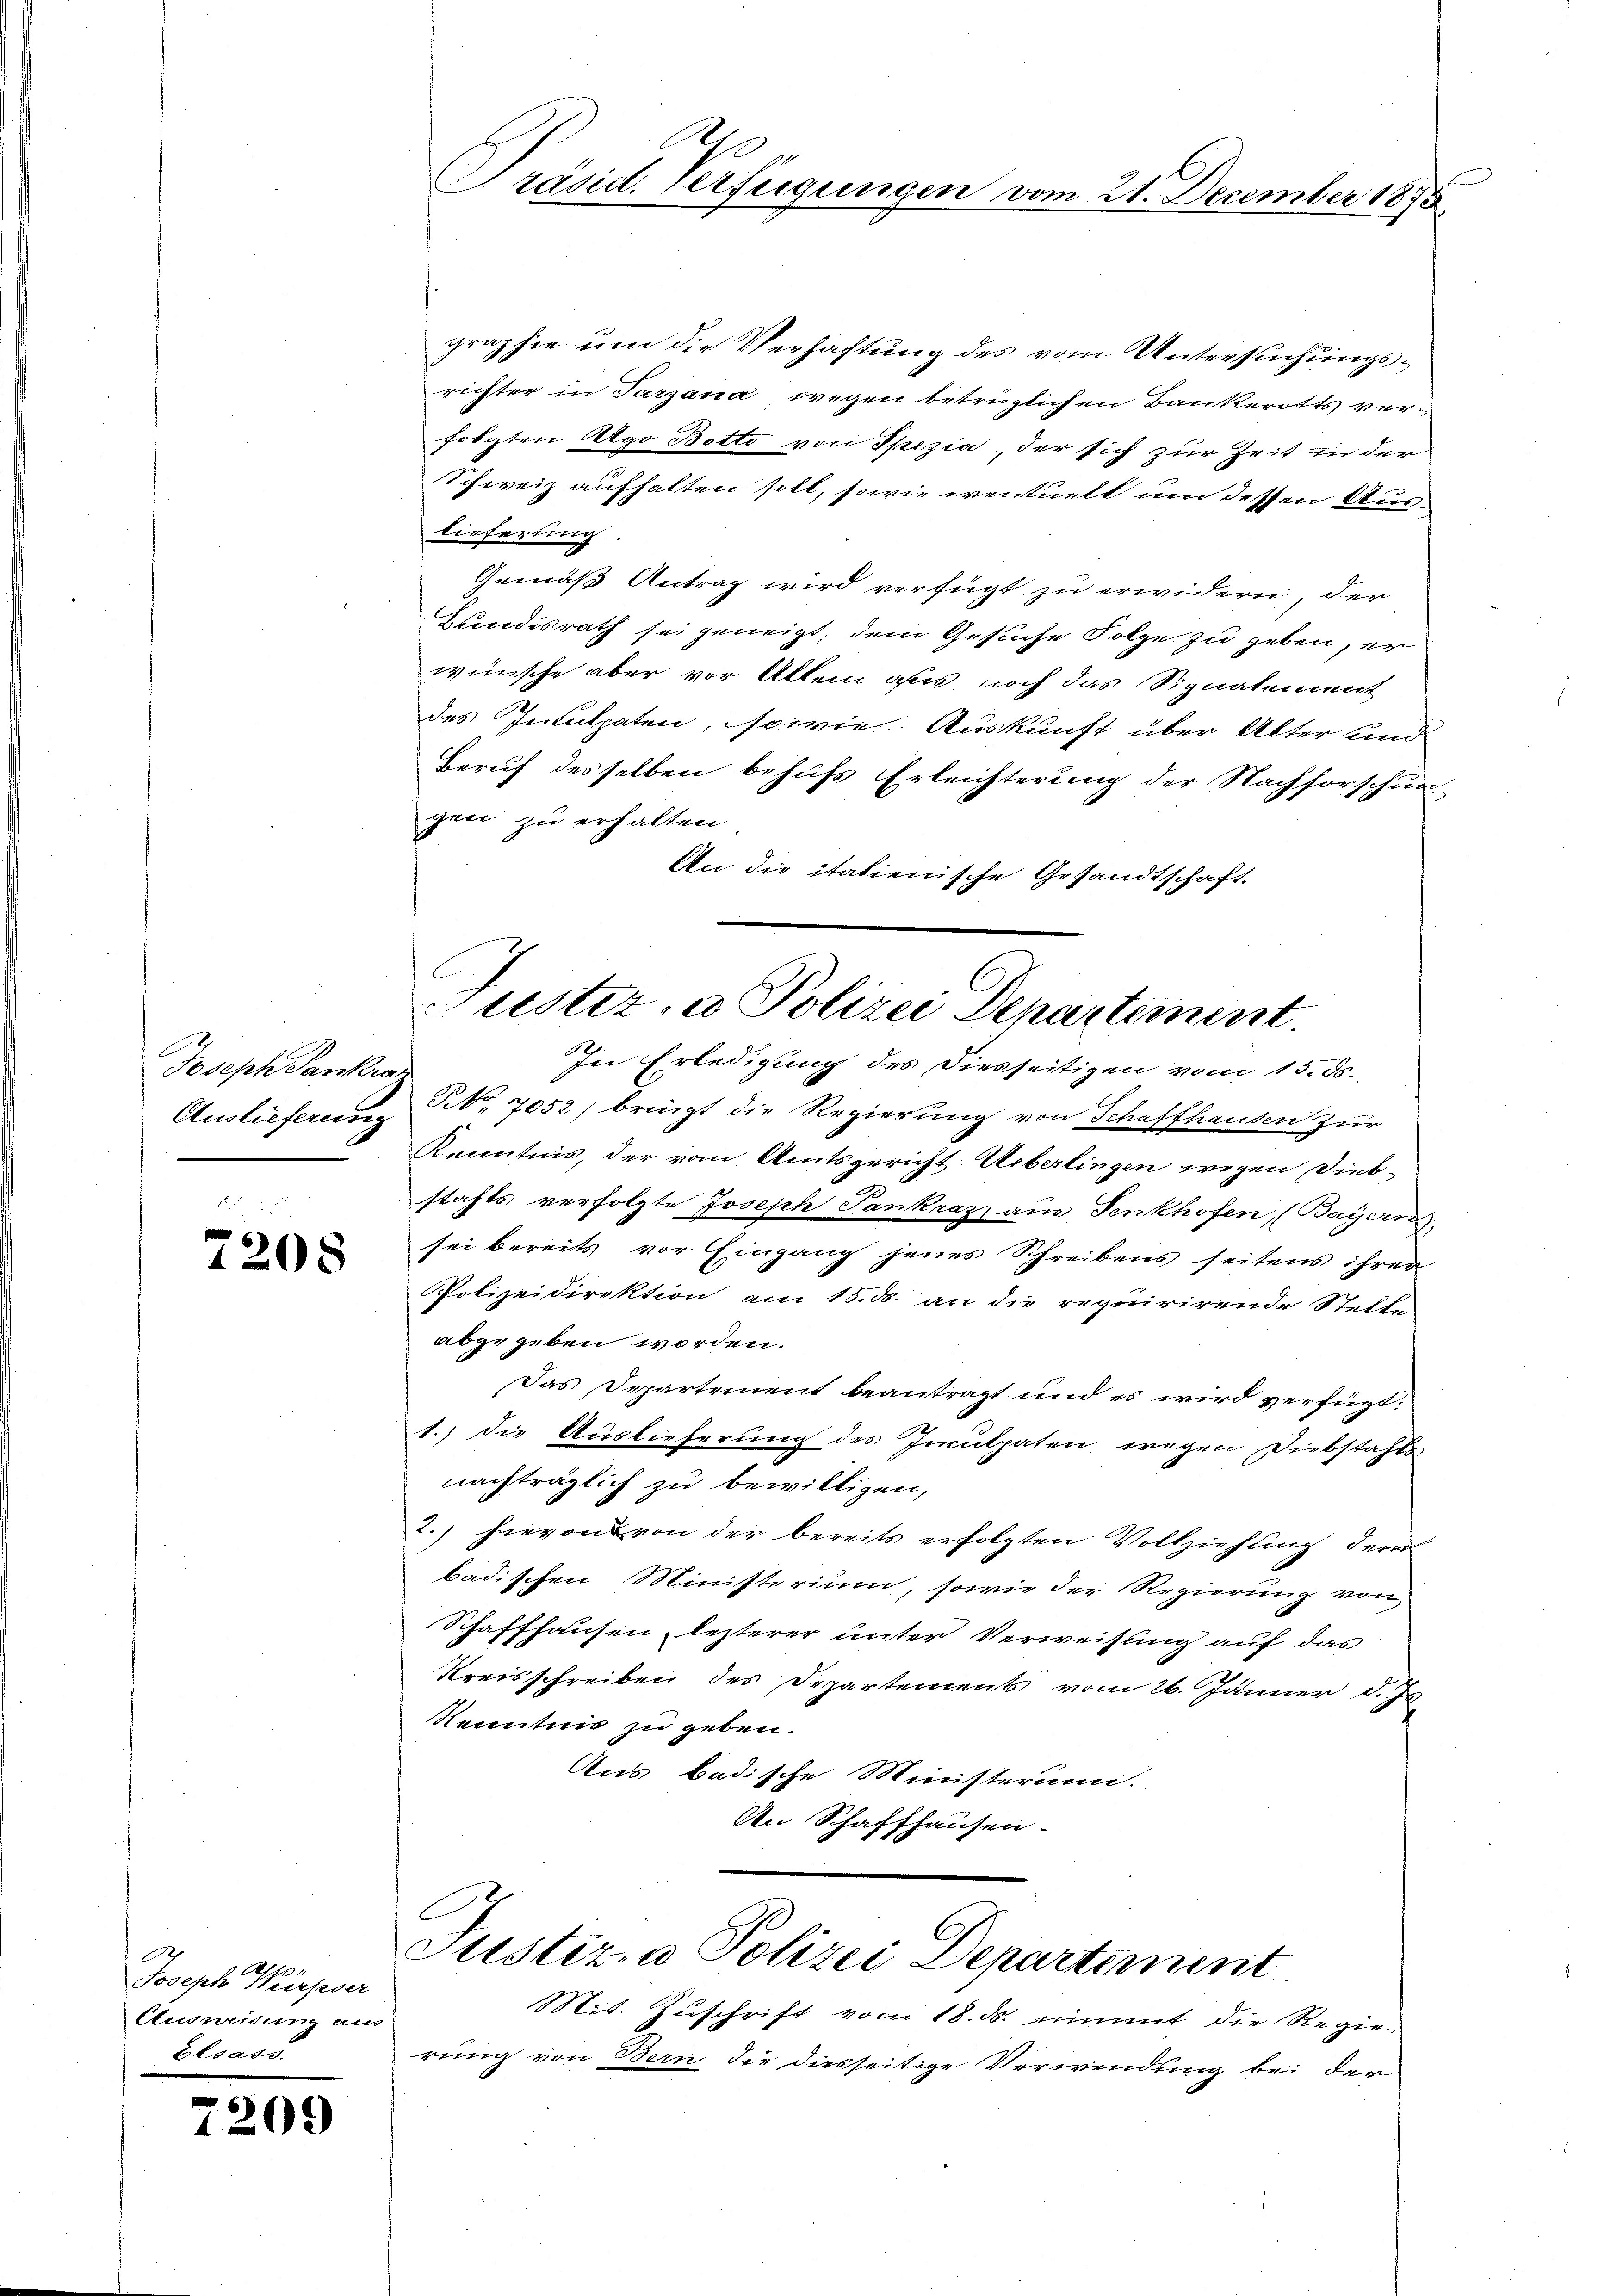
Joseph Pankra
Auslieferung

7208

A
Joseph Würpser
Ausweisung aus
Elsass.

7209

graphie um die Verhaftung des vom Untersuchungsrichter in Tarzana, wegen betrüglichen Bankerotts verfolgten Ago Betto von Spezia, der sich zur Zeit in der
Schweiz aufhalten soll, sowie eventuell um dessen Aus-
lieferung
Gemäß Antrag wird verfügt zu erwidern, der
Hundesrath sei geneigt, dem Gesuche Folge zu geben, er
wünsche aber vor Allem aus, noch das Signatement
des Inculpaten, sowie Auskunft über Alter und
Beruf desselben behufs Erleichterung der Nachforschun
gen zu erhalten
An die italienische Gesandtschaft

Präsid. Verfügungen vom 21. December 1895

ustiz- u Polizei Departement.
In Erledigung des Diesseitigen vom 15. ds.

No 7052) bringt die Regierung von Schaffhausen zur
Kenntnis, der vom Amtsgericht Ueberlingen wegen Diebstachts verfolgte Joseph Pankraz, aus Senkhofen, (Bayern
sei bereits vor Eingang jenes Schreibens seitens ihrer
Polizeidirektion am 15. d. an die requirirende Stelle
abgegeben worden.
Das Departement beantragt und es wird verfügt:
1.) die Auslieferung des Inculpaten wegen Diebstahls
nachträglich zu bewilligen,
2.) hievon von der bereits erfolgten Vollziehung der
badischen Ministerium, sowie der Regierung von
Schaffhausen lezterer unter Verweisung auf das
Kreisschreiben des Departements vom 26. Jänner d. Js.
Kenntnis zu geben.
Auis badische Ministerum.
An Schaffhausen.
Justiz- & Polizei Departement
Mit. Zuschrift vom 18. ds. nimmt die Regierung von Bern die diesseitige Verwendung bei der